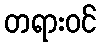
တရားဝင်